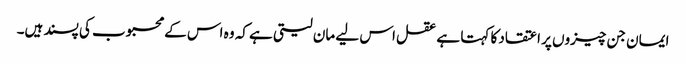
ایمان جن چیزوں پر اعتقاد کا کہتا ہے عقل اس لیے مان لیتی ہے کہ وہ اس کے محبوب کی پسند ہیں۔